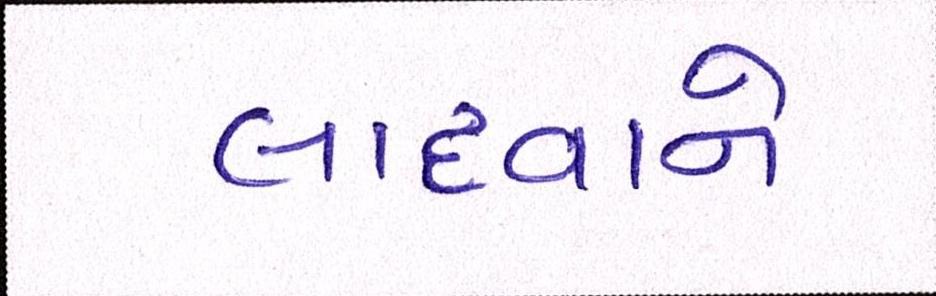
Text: લાદવાનો